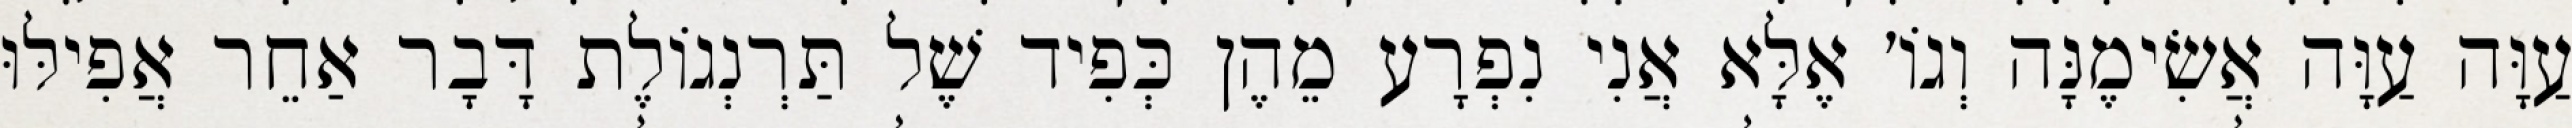
עַוָּה עַוָּה אֲשִׂימֶנָּה וְגוֹ׳ אֶלָּא אֲנִי נִפְרָע מֵהֶן כְּפִיד שֶׁל תַּרְנְגוֹלֶת דָּבָר אַחֵר אֲפִילּוּ